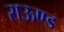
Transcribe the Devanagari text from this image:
राऊण्ड